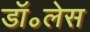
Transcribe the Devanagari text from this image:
डॉ॰लेस